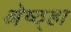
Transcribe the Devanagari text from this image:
श्रेष्ठ्हा